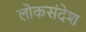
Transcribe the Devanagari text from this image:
लोकसंदेश